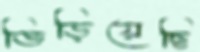
ভিড়িয়েছি